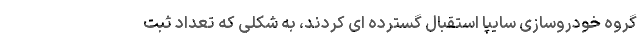
گروه خودروسازی سایپا استقبال گسترده ای کردند، به شکلی که تعداد ثبت